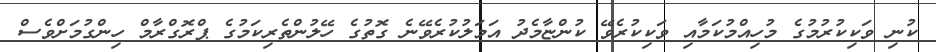
ކުނި ވަކިކުރުމުގެ މުހިއްމުކަމާއި ވަކިކުރެވޭ ކުންޏާމެދު އަމަލުކުރެވޭނެ ގޮތުގެ ހޭލުންތެރިކަމުގެ ޕްރޮގްރާމް ހިންގުމަށްވެސް